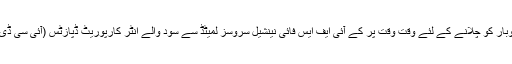
چونکہ نئے کاروبار / کمپنی کو کارگر سرمایہ مہیّا نہیں تھا، اس لئے کاروبار کو چلانے کے لئے وقت وقت پر کے آئی ایف ایس فائی نینشیل سروسز لمیٹڈ سے سود والے انٹر کارپوریٹ ڈپازٹس (آئی سی ڈی) لئے گئے تھے، جو کہ ایک رجسٹرڈ غیر بینکنگ فائی نینشیل کمپنی ہے۔